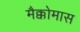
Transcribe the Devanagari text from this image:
मैक्कोमास